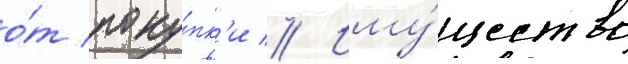
о́т поку́пк'и // Иму́щество